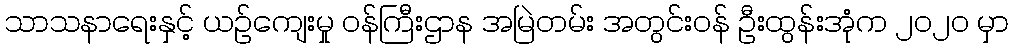
သာသနာရေးနှင့် ယဉ်ကျေးမှု ဝန်ကြီးဌာန အမြဲတမ်း အတွင်းဝန် ဦးထွန်းအုံက ၂၀၂၀ မှာ